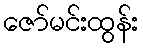
ဇော်မင်းထွန်း